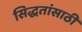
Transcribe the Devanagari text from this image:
सिद्धतांसाठी